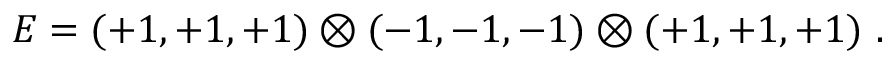
E = ( + 1 , + 1 , + 1 ) \otimes ( - 1 , - 1 , - 1 ) \otimes ( + 1 , + 1 , + 1 ) ~ . ~ \,